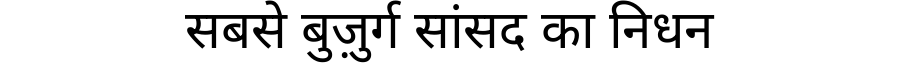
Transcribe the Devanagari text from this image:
सबसे बुज़ुर्ग सांसद का निधन